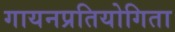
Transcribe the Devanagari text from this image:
गायनप्रतियोगिता